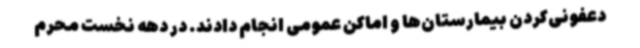
دعفونی‌کردن بیمارستان‌ها و اماکن عمومی انجام دادند. در دهه نخست محرم